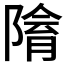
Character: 𨻔